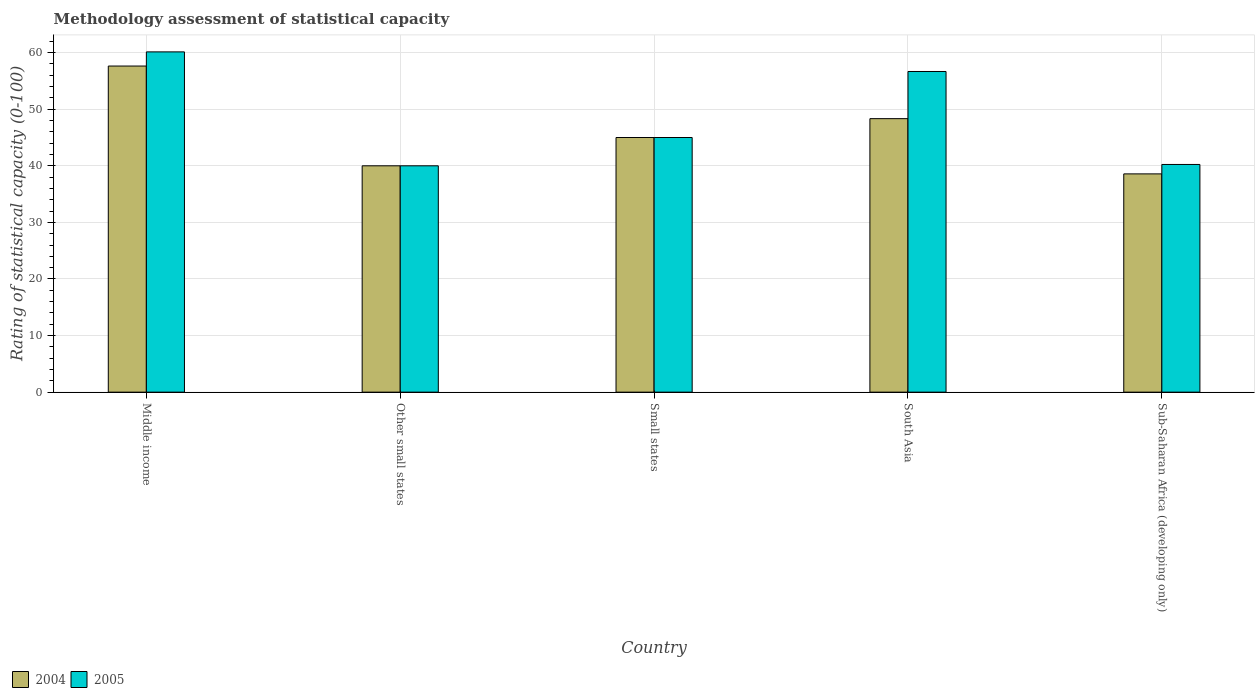
| Country | 2004 | 2005 |
 | --- | --- | --- |
 | Middle income | 57.6 | 60.1 |
 | Other small states | 40 | 40 |
 | Small states | 45 | 45 |
 | South Asia | 48.3 | 56.7 |
 | Sub-Saharan Africa (developing only) | 38.6 | 40.2 |